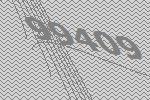
99409